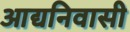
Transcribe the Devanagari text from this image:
आद्यनिवासी